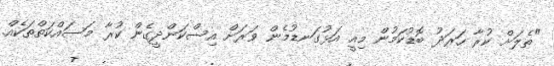
"ތެލަށް ކުރާ ހަރަދު ބޮޑުކަމުން މިއީ އަޅުގަނޑުމެން ވަރަށް އިސްކަންދީގެން ކުރާ މަސައްކަތްތަކެއް.